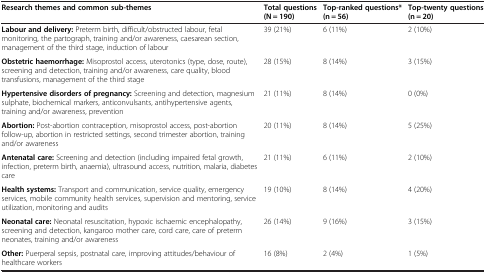
<table><thead><tr><td><b>Research themes and common sub-themes</b></td><td><b>Total questions (N = 190)</b></td><td><b>Top-ranked questions* (n = 56)</b></td><td><b>Top-twenty questions (n = 20)</b></td></tr></thead><tbody><tr><td><b>Labour and delivery:</b> Preterm birth, difficult/obstructed labour, fetal monitoring, the partograph, training and/or awareness, caesarean section, management of the third stage, induction of labour</td><td>39 (21%)</td><td>6 (11%)</td><td>2 (10%)</td></tr><tr><td><b>Obstetric haemorrhage:</b> Misoprostol access, uterotonics (type, dose, route), screening and detection, training and/or awareness, care quality, blood transfusions, management of the third stage</td><td>28 (15%)</td><td>8 (14%)</td><td>3 (15%)</td></tr><tr><td><b>Hypertensive disorders of pregnancy:</b> Screening and detection, magnesium sulphate, biochemical markers, anticonvulsants, antihypertensive agents, training and/or awareness, prevention</td><td>21 (11%)</td><td>8 (14%)</td><td>0 (0%)</td></tr><tr><td><b>Abortion:</b> Post-abortion contraception, misoprostol access, post-abortion follow-up, abortion in restricted settings, second trimester abortion, training and/or awareness</td><td>20 (11%)</td><td>8 (14%)</td><td>5 (25%)</td></tr><tr><td><b>Antenatal care:</b> Screening and detection (including impaired fetal growth, infection, preterm birth, anaemia), ultrasound access, nutrition, malaria, diabetes care</td><td>21 (11%)</td><td>6 (11%)</td><td>2 (10%)</td></tr><tr><td><b>Health systems:</b> Transport and communication, service quality, emergency services, mobile community health services, supervision and mentoring, service utilization, monitoring and audits</td><td>19 (10%)</td><td>8 (14%)</td><td>4 (20%)</td></tr><tr><td><b>Neonatal care:</b> Neonatal resuscitation, hypoxic ischaemic encephalopathy, screening and detection, kangaroo mother care, cord care, care of preterm neonates, training and/or awareness</td><td>26 (14%)</td><td>9 (16%)</td><td>3 (15%)</td></tr><tr><td><b>Other:</b> Puerperal sepsis, postnatal care, improving attitudes/behaviour of healthcare workers</td><td>16 (8%)</td><td>2 (4%)</td><td>1 (5%)</td></tr></tbody></table>